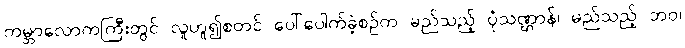
ကမ္ဘာလောကကြီးတွင် လူဟူ၍စတင် ပေါ်ပေါက်ခဲ့စဉ်က မည်သည့် ပုံသဏ္ဌာန်၊ မည်သည့် ဘဝ၊